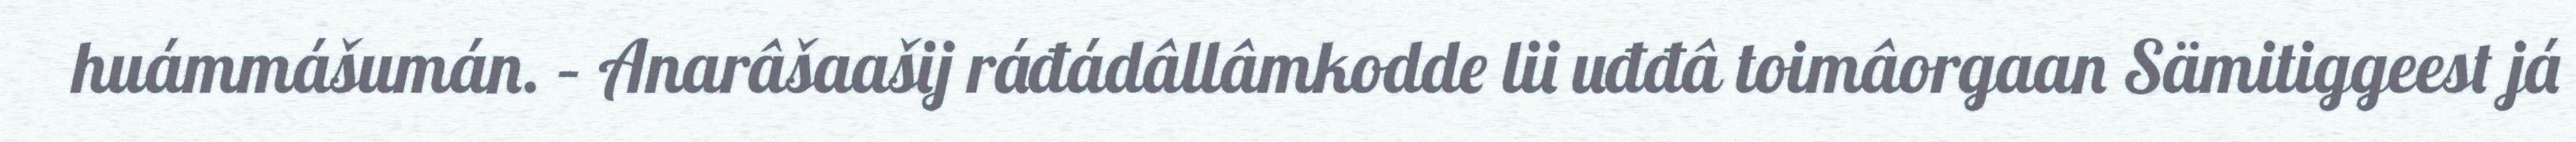
huámmášumán. – Anarâšaašij ráđádâllâmkodde lii uđđâ toimâorgaan Sämitiggeest já